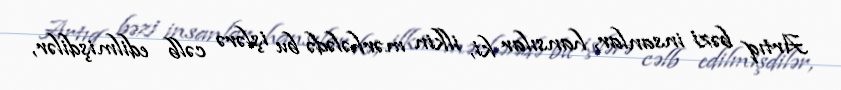
Artıq bəzi insanlar, hansılar ki, ilkin mərhələdə bu işlərə cəlb edilmişdilər,